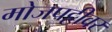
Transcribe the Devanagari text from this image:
मोजपट्टीवर